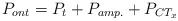
LaTeX: \begin{align*} P_{ont} = P_{t} + P_{amp.} + P_{CT_x} \end{align*}